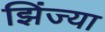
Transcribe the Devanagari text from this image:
झिंज्या